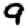
Digit: 9